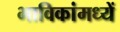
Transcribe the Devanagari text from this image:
भाविकांमध्यें